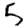
Digit: 5